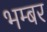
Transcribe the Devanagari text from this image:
भम्बर